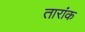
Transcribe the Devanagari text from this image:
तारांक